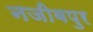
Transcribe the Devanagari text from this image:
नजीबपुर